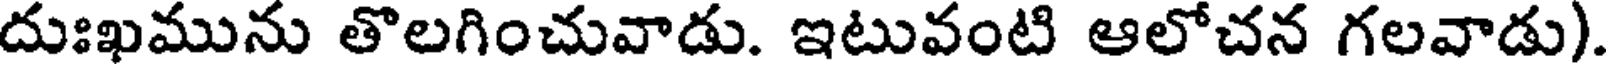
దుఃఖమును తొలగించువాడు. ఇటువంటి ఆలోచన గలవాడు).